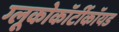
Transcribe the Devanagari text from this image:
ग्लूकोकॉर्टीकॉयड